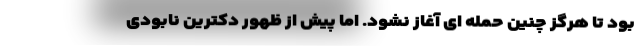
بود تا هرگز چنین حمله ای آغاز نشود. اما پیش از ظهور دکترین نابودی